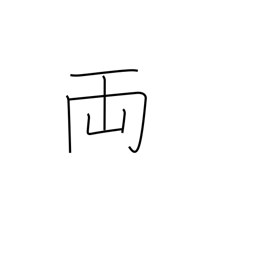
Meaning: old Japanese coin